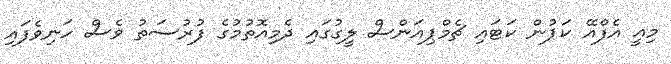
މިއީ އެފްއޭ ކަޕުން ކަޓައި ޗެމްޕިއަންސް ލީގުގައި ދެމިއޮތުމުގެ ފުރުސަތު ވެސް ހަނިވެފައި